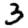
Digit: 3